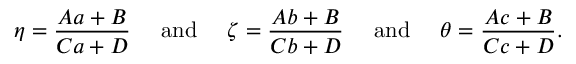
\eta = { \frac { A a + B } { C a + D } } \quad { \mathrm { ~ a n d ~ } } \quad \zeta = { \frac { A b + B } { C b + D } } \quad { \mathrm { ~ a n d ~ } } \quad \theta = { \frac { A c + B } { C c + D } } .